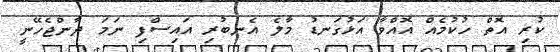
ކުރި އޮތް ހުކުމެއް އޮއްވާ އަޅުގަނޑު މާލެ އެނބުރި އައިސްފި ނަމަ ދާންޖެހޭނީ